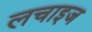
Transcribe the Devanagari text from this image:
लचाइज